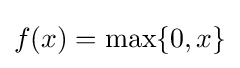
f(x)=\max\{0,x\}